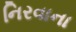
નિરવાના